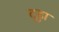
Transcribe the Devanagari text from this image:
दूड़ा